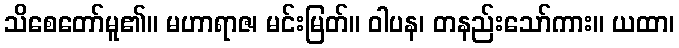
သိစေတော်မူ၏။ မဟာရာဇ၊ မင်းမြတ်။ ဝါပန၊ တနည်းသော်ကား။ ယထာ၊